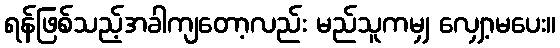
ရန်ဖြစ်သည့်အခါကျတော့လည်း မည်သူကမျှ လျှော့မပေး။